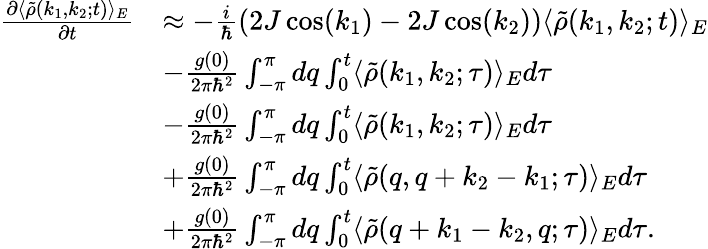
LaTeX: \begin{array}{rl}{\frac{\partial\langle\tilde{\rho}(k_{1},k_{2};t)\rangle_{E}}{\partial t}}&{\approx-\frac{i}{\hbar}(2J\cos(k_{1})-2J\cos(k_{2}))\langle\tilde{\rho}(k_{1},k_{2};t)\rangle_{E}}\\ &{-\frac{g(0)}{2\pi\hbar^{2}}\int_{-\pi}^{\pi}dq\int_{0}^{t}\langle\tilde{\rho}(k_{1},k_{2};\tau)\rangle_{E}d\tau}\\ &{-\frac{g(0)}{2\pi\hbar^{2}}\int_{-\pi}^{\pi}dq\int_{0}^{t}\langle\tilde{\rho}(k_{1},k_{2};\tau)\rangle_{E}d\tau}\\ &{+\frac{g(0)}{2\pi\hbar^{2}}\int_{-\pi}^{\pi}dq\int_{0}^{t}\langle\tilde{\rho}(q,q+k_{2}-k_{1};\tau)\rangle_{E}d\tau}\\ &{+\frac{g(0)}{2\pi\hbar^{2}}\int_{-\pi}^{\pi}dq\int_{0}^{t}\langle\tilde{\rho}(q+k_{1}-k_{2},q;\tau)\rangle_{E}d\tau.}\end{array}